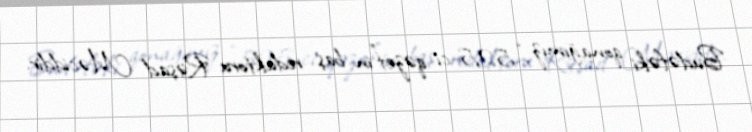
Budəfəki qonağımız “525-ci qəzet”in baş redaktoru Rəşad Məciddir.